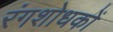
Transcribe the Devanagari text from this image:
रंगशोधकों